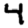
Digit: 4